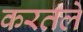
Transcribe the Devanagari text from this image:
करतले